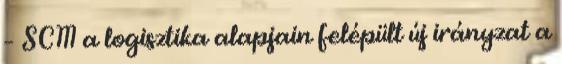
– SCM a logisztika alapjain felépült új irányzat a